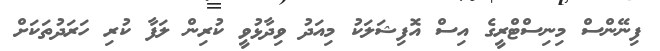
ފިނޭންސް މިނިސްޓްރީގެ އިސް އޮފިޝަލަކު މިއަދު ވިދާޅުވީ ކުރިން ލަފާ ކުރި ހަރަދުތަކަށް